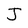
Character: J